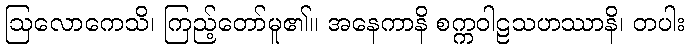
ဩလောကေသိ၊ ကြည့်တော်မူ၏။ အနေကာနိ စက္ကဝါဠသဟဿာနိ၊ တပါး